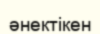
әнектікен